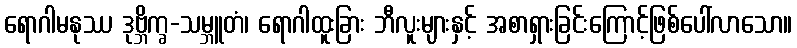
ရောဂါမနုဿ ဒုဗ္ဘိက္ခ-သမ္ဘူတံ၊ ရောဂါထူးခြား ဘီလူးများနှင့် အစာရှားခြင်းကြောင့်ဖြစ်ပေါ်လာသော။